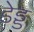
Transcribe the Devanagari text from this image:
डेड्ड